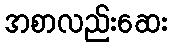
အစာလည်းဆေး